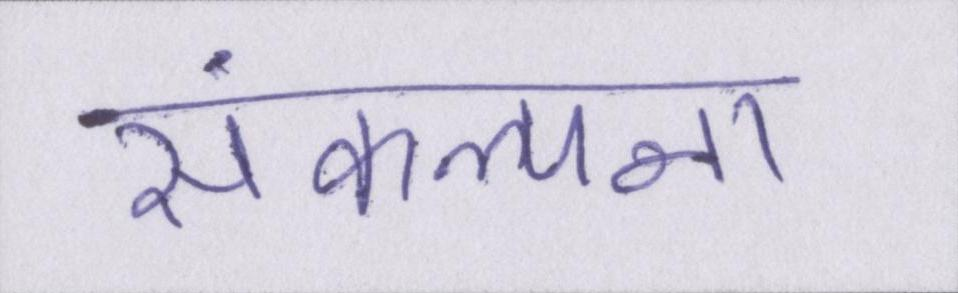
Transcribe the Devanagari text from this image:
संकल्पना